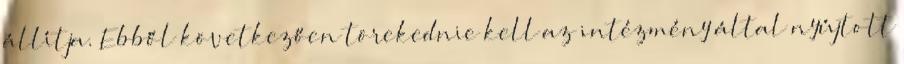
állítja. Ebből következően törekednie kell az intézmény által nyújtott